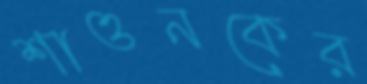
শাওনকের